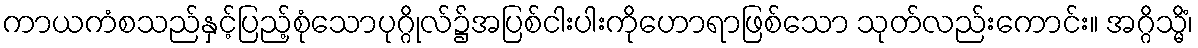
ကာယကံစသည်နှင့်ပြည့်စုံသောပုဂ္ဂိုလ်၌အပြစ်ငါးပါးကိုဟောရာဖြစ်သော သုတ်လည်းကောင်း။ အဂ္ဂိသ္မိံ၊